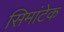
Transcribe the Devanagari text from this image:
सिमांटेक